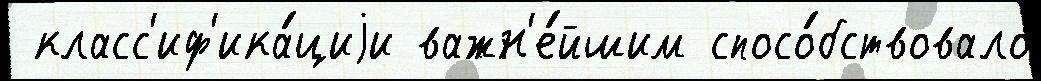
 класс'иф'ика́циjи важн'е́йшим спосо́бствовало